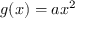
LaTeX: g ( x ) = a x ^ { 2 } \,